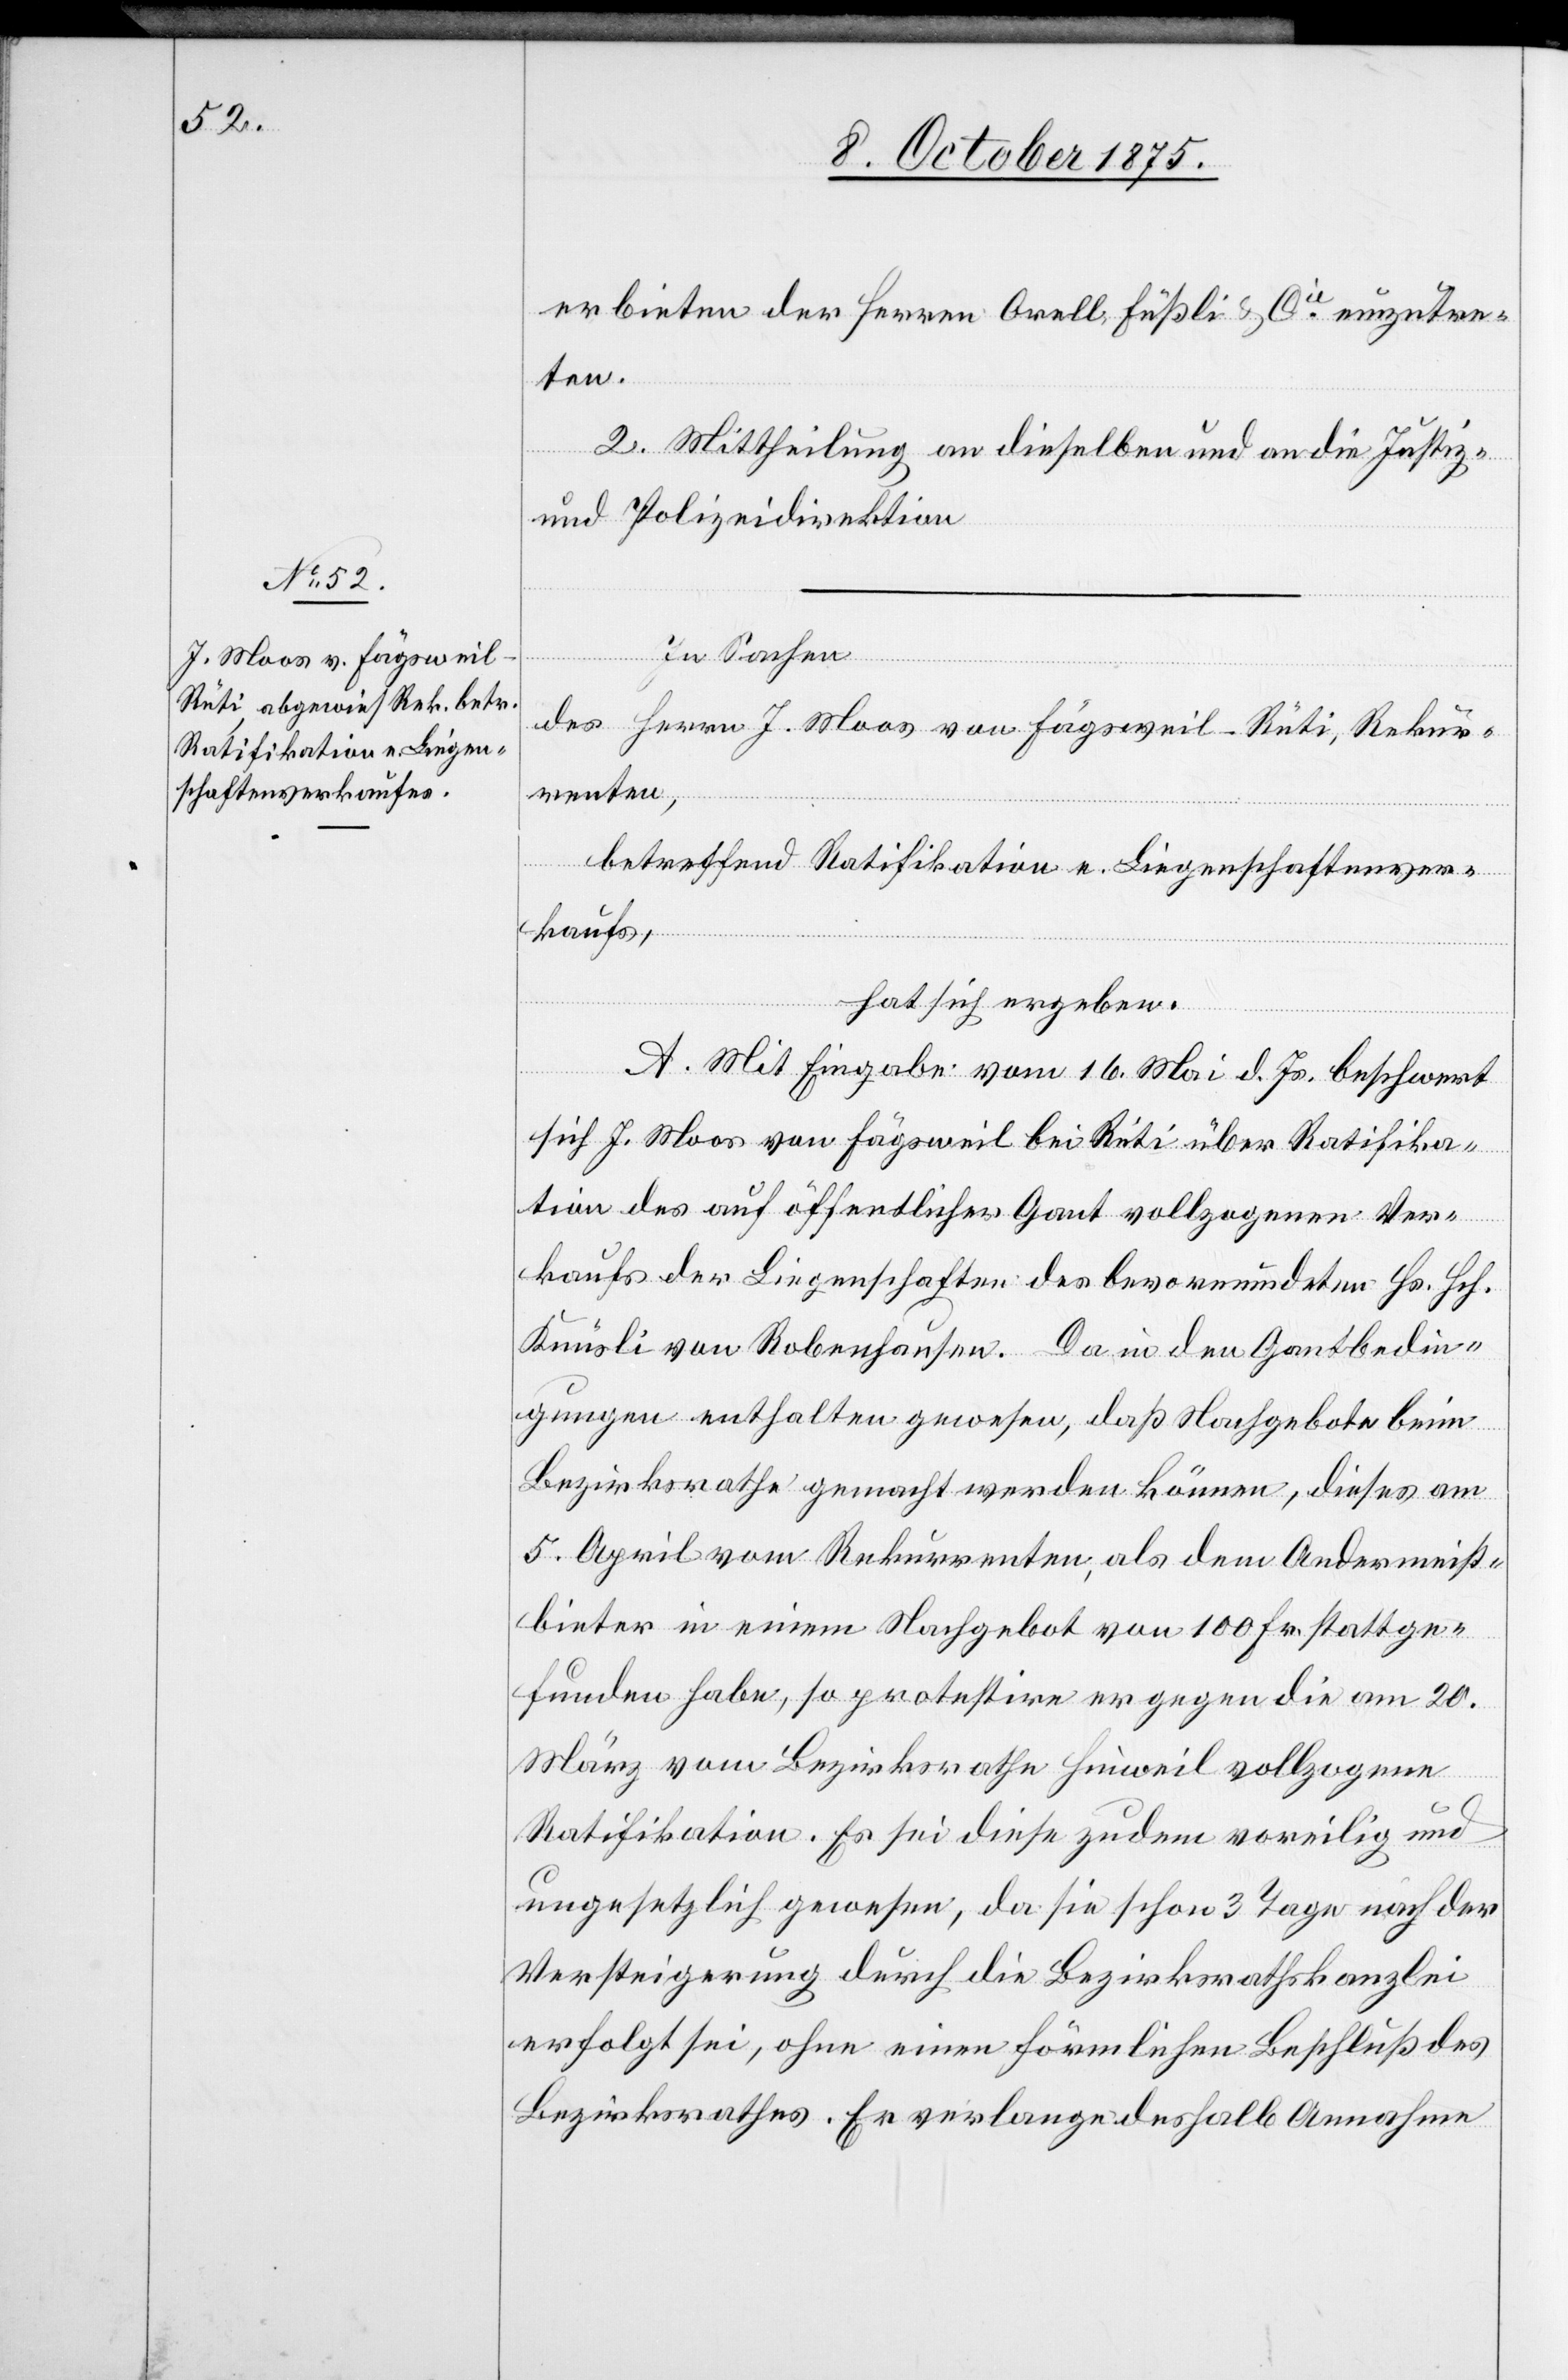
erbieten der Herren Orell, Füßli & Cie einzutre¬
ten.
2. Mittheilung an dieselben und an die Justiz-
und Polizeidirektion.
In Sachen
des Herrn J. Moos von Fägsweil - Rüti, Rekur¬
renten,
betreffend Ratifikation e. Liegenschaftsver¬
kaufs,
hat sich ergeben:
A. Mit Eingabe vom 16. Mai d. Js. beschwert
sich J. Moos von Fägsweil bei Rüti über Ratifika¬
tion des auf öffentlicher Gant vollzogenen Ver¬
kaufs der Liegenschaften des bevormundeten Hs. Hch.
Knüsli von Robenhausen. Da in den Gantbedin¬
gungen enthalten gewesen, daß Nachgebote beim
Bezirksrathe gemacht werden können, dieses am
5. April vom Rekurrenten, als dem Andermeist¬
bieter in einem Nachgebot von 100 Fr. stattge¬
funden habe, so protestire er gegen die am 20.
März vom Bezirksrathe Hinweil vollzogene
Ratifikation. Es sei diese zudem voreilig und
ungesetzlich gewesen, da sie schon 3 Tage nach der
Versteigerung durch die Bezirksrathskanzlei
erfolgt sei, ohne einen förmlichen Beschluß des
Bezirksrathes. Er verlange deshalb Annahme